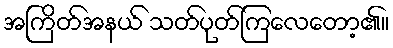
အကြိတ်အနယ် သတ်ပုတ်ကြလေတော့၏။